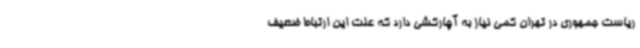
ریاست جمهوری در تهران کمی نیاز به آچارکشی دارد که علت این ارتباط ضعیف